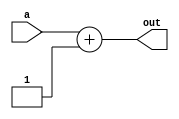
module Adder(output[7:0] out,input[7:0]a);
	assign out = a + 8'd1;
endmodule